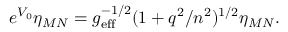
e ^ { V _ { 0 } } \eta _ { M N } = g _ { \mathrm { e f f } } ^ { - 1 / 2 } ( 1 + q ^ { 2 } / n ^ { 2 } ) ^ { 1 / 2 } \eta _ { M N } .